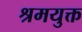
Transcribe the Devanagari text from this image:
श्रमयुक्त